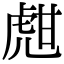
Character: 甝